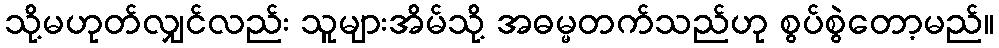
သို့မဟုတ်လျှင်လည်း သူများအိမ်သို့ အဓမ္မတက်သည်ဟု စွပ်စွဲတော့မည်။